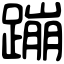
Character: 蹦